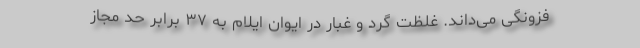
فزونگی می‌داند. غلظت گرد و غبار در ایوان ایلام به ۳۷ برابر حد مجاز